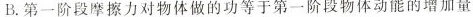
B.第一阶段摩擦力对物体做的功等于第一阶段物体动能的增加量